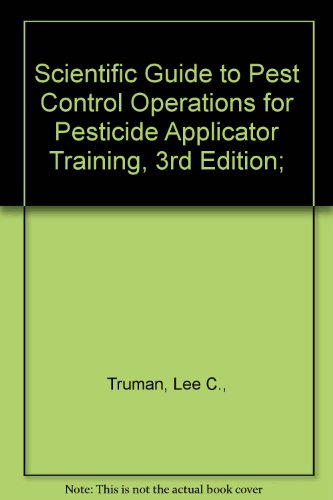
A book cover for Scientific Guide to Pest Control Operations for Pesticide Applicator Training, 3rd Edition;; Lee C., Truman; Crafts, Hobbies & Home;